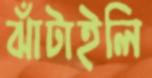
ঝাঁটাইলি